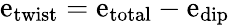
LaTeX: \mathrm{e}_{\mathrm{{twist}}}=\mathrm{e}_{\mathrm{{total}}}-\mathrm{e}_{\mathrm{{dip}}}